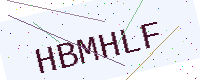
Text: HBMHLF